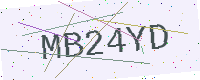
Text: MB24YD